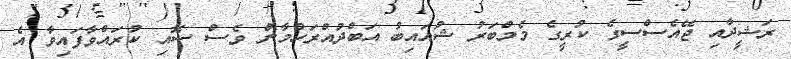
ރަޝީދާއި ޖޭއެސްސީގެ ކުރީގެ މެމްބަރު ޝުއައިބު އަބްދުއްރަހްމާން ވެސް ސޮއި ކުރައްވާފައިވާ އެ